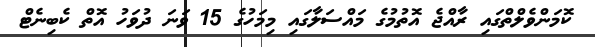
ކޮމަންވެލްތްގައި ރާއްޖެ އޮތުމުގެ މައްސަލާގައި މިމަހުގެ 15 ވަނަ ދުވަހު އޮތް ކެބިނެޓް